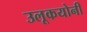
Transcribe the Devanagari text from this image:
उलूकयोनी